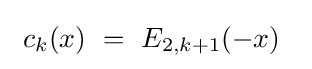
\ c_{k}(x)~=~E_{2,k+1}(-x)~~